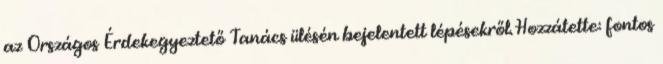
az Országos Érdekegyeztető Tanács ülésén bejelentett lépésekről. Hozzátette: fontos